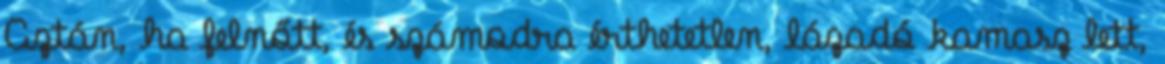
Aztán, ha felnőtt, és számodra érthetetlen, lázadó kamasz lett,